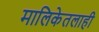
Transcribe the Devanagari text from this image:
मालिकेतलाही